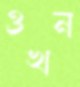
ওখন